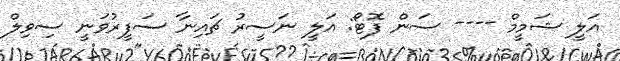
އަލީ ޝަމީމް ---- ސަން ފޮޓޯ: އަލީ ނަސީރު ޗައިނާ ސަފީރުވަނީ ސިވިލް